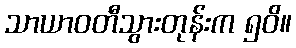
သာယာဝတီသွားတုန်းက ၅၀ိ။